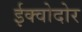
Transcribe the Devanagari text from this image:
ईक्वोदोर